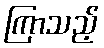
ကြာသည့်